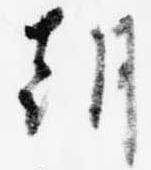
朝